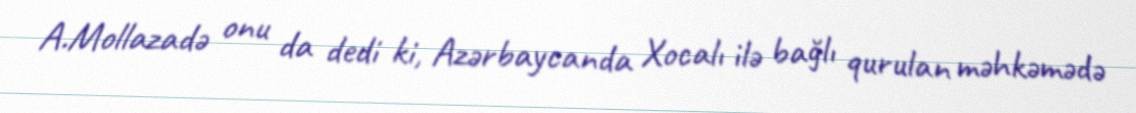
A.Mollazadə onu da dedi ki, Azərbaycanda Xocalı ilə bağlı qurulan məhkəmədə